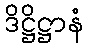
ဒိဋ္ဌိဋ္ဌာနံ